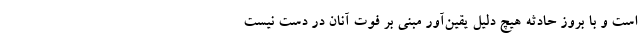
است و با بروز حادثه هیچ دلیل یقین‌آور مبنی بر فوت آنان در دست نیست